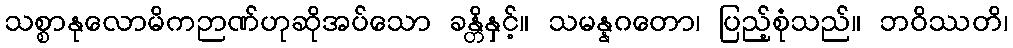
သစ္စာနုလောမိကဉာဏ်ဟုဆိုအပ်သော ခန္တိနှင့်။ သမန္နဂတော၊ ပြည့်စုံသည်။ ဘဝိဿတိ၊